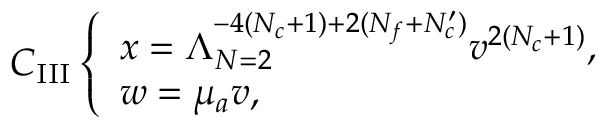
C _ { \mathrm { I I I } } \left\{ \begin{array} { l } { { x = \Lambda _ { N = 2 } ^ { - 4 ( N _ { c } + 1 ) + 2 ( N _ { f } + N _ { c } ^ { \prime } ) } v ^ { 2 ( N _ { c } + 1 ) } , } } \\ { { w = \mu _ { a } v , } } \end{array} \right.